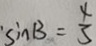
\sin B = \frac { 4 } { 3 }